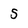
Character: S